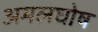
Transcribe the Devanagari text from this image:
अमलघोष